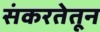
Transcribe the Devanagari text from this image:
संकरतेतून